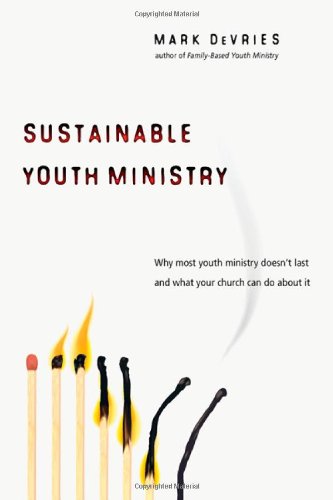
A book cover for Sustainable Youth Ministry: Why Most Youth Ministry Doesn't Last and What Your Church Can Do About It; Mark DeVries; Christian Books & Bibles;